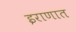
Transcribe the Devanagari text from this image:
इराणात